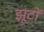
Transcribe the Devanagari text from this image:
झूटों